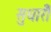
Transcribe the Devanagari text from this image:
सुधारोँ